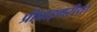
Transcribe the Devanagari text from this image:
प्रीप्राइमरीया